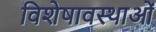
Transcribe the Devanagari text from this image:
विशेषावस्थाओं